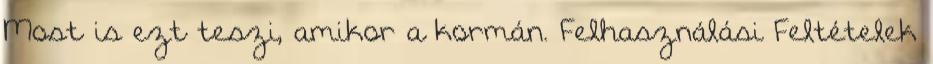
Most is ezt teszi, amikor a kormán. Felhasználási Feltételek